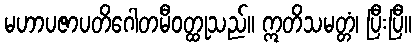
မဟာပဇာပတိဂေါတမီဝတ္ထုသည်။ ဣတိသမတ္တံ၊ ပြီးပြီ။